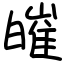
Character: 皠